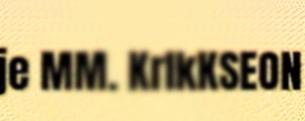
je MM. KrIkKSEON